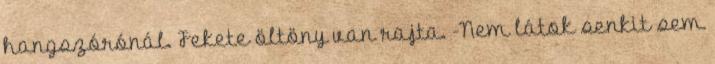
hangszórónál. Fekete öltöny van rajta. -Nem látok senkit sem